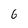
Character: 6